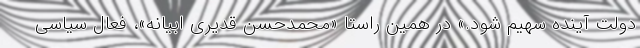
دولت آینده سهیم شود.» در همین راستا «محمدحسن قدیری ابیانه»، فعال سیاسی